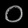
Digit: ၀